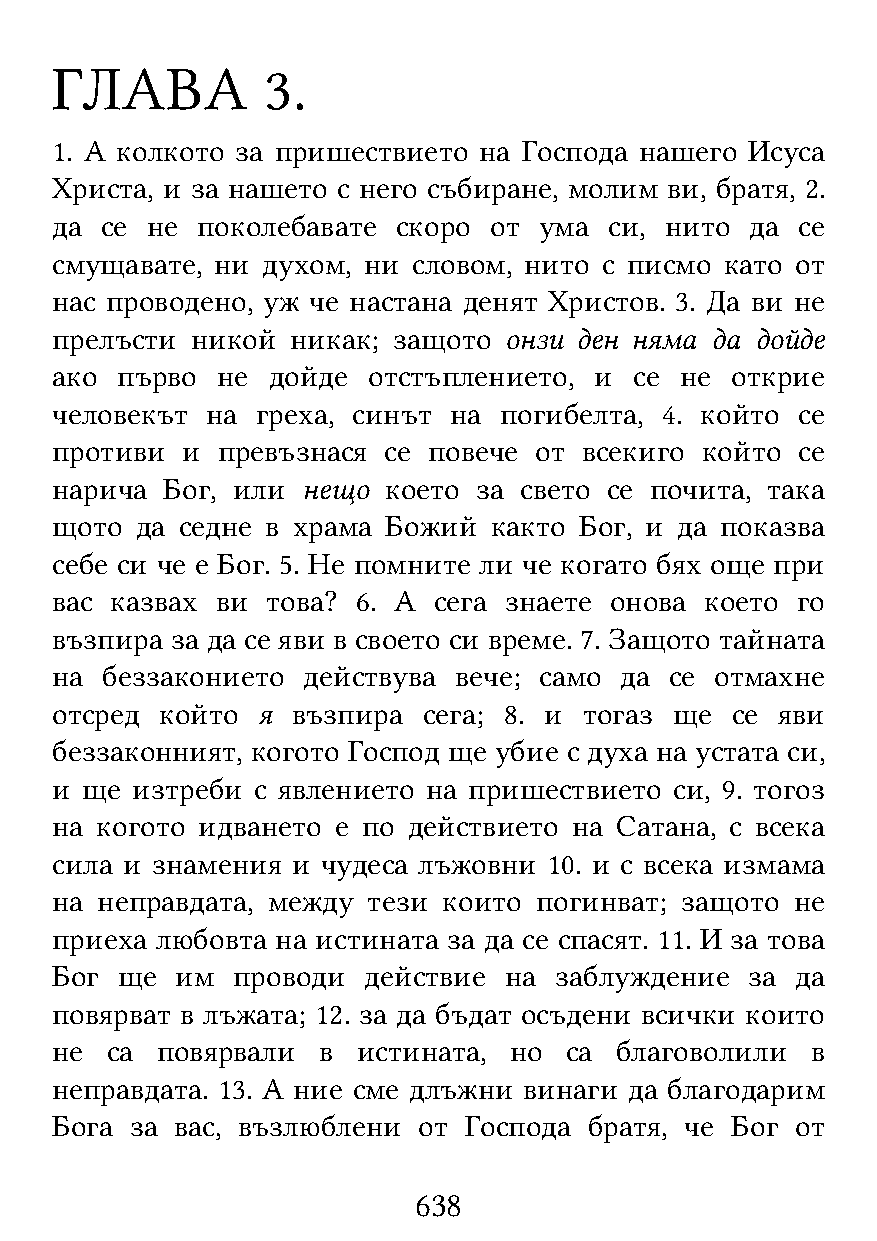
ГЛАВА          3.
 1. А колкото за пришествието на Господа нашего Исуса
 Христа, и за нашето с него събиране, молим ви, братя, 2.
 да  се не поколебавате скоро от  ума си, нито  да се
 смущавате, ни духом, ни словом, нито с писмо като от
 нас проводено, уж че настана денят Христов. 3. Да ви не
 прелъсти  никой никак; защото онзи ден няма да дойде
 ако  първо не  дойде отстъплението, и  се не открие
 человекът  на греха, синът на погибелта, 4. който се
 противи  и превъзнася се повече от  всекиго който се
 нарича  Бог, или нещо което  за свето се почита, така
 щото  да седне в храма Божий както Бог, и да показва
 себе си че е Бог. 5. Не помните ли че когато бях още при
 вас казвах ви  това? 6. А сега знаете онова което го
 възпира за да се яви в своето си време. 7. Защото тайната
 на  беззаконието действува вече; само да се отмахне
 отсред  който я възпира  сега; 8. и тогаз ще се  яви
 беззаконният, когото Господ ще убие с духа на устата си,
 и ще  изтреби с явлението на пришествието си, 9. тогоз
 на когото идването е по действието на Сатана, с всека
 сила и знамения и чудеса лъжовни 10. и с всека измама
 на неправдата, между тези които погинват; защото  не
 приеха любовта на истината за да се спасят. 11. И за това
 Бог  ще  им проводи  действие на  заблуждение  за да
 повярват в лъжата; 12. за да бъдат осъдени всички които
 не  са повярвали  в  истината, но са  благоволили  в
 неправдата. 13. А ние сме длъжни винаги да благодарим
 Бога  за вас, възлюблени от Господа братя, че Бог от
 638